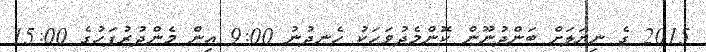
2015 ގެ ނިޔަލަށް ބަންދުނޫން ކޮންމެދުވަހަކު ހެނދުނު 9:00 އިން މެންދުރުފަހުގެ 15:00